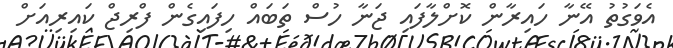
އެވަގުތު އޭނާ ހައިރާން ކޮށްލާފައި ޖަނާ ހުސް ތަބައް ހިފައިގެން ފްރިޖް ކައިރިއަށް